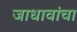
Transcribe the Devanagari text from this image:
जाधावांचा